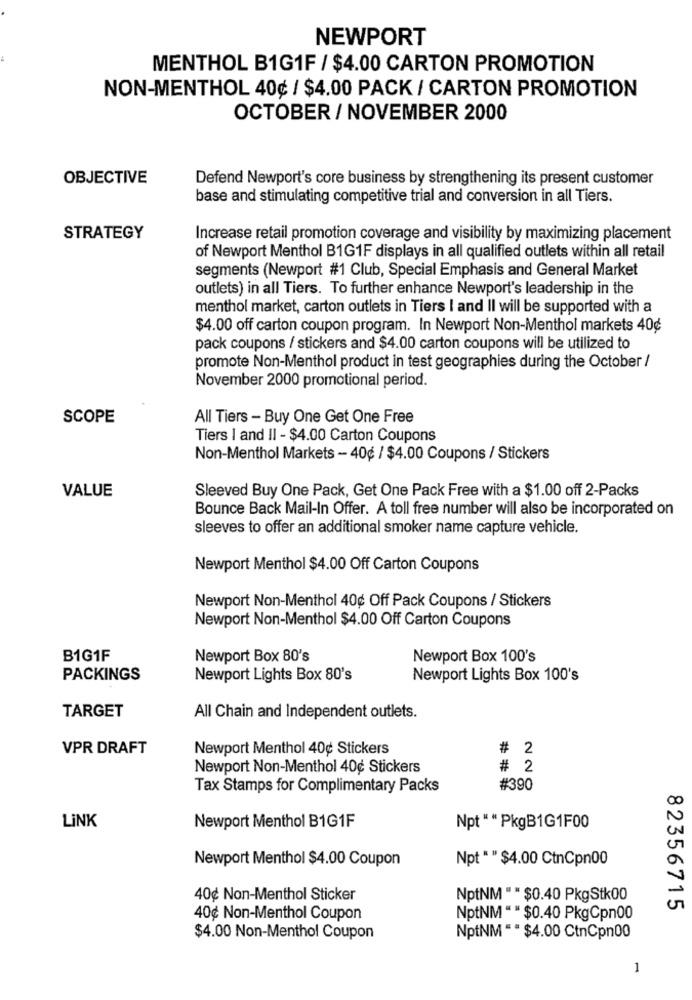
NEWPORT
MENTHOL B1G1F / $4.00 CARTON PROMOTION
NON-MENTHOL 40¢ / $4.00 PACK / CARTON PROMOTION
OCTOBER / NOVEMBER 2000
OBJECTIVE
Defend Newport's core business by strengthening its present customer
base and stimulating competitive trial and conversion in all Tiers.
STRATEGY
Increase retail promotion coverage and visibility by maximizing placement
of Newport Menthol B1G1F displays in all qualified outlets within all retail
segments (Newport #1 Club, Special Emphasis and General Market
outlets) in all Tiers. To further enhance Newport's leadership in the
menthol market, carton outlets in Tiers I and II will be supported with a
$4.00 off carton coupon program. In Newport Non-Menthol markets 40¢
pack coupons / stickers and $4.00 carton coupons will be utilized to
promote Non-Menthol product in test geographies during the October /
November 2000 promotional period.
SCOPE
All Tiers - Buy One Get One Free
Tiers I and II - $4.00 Carton Coupons
Non-Menthol Markets - 40¢ / $4.00 Coupons / Stickers
VALUE
Sleeved Buy One Pack, Get One Pack Free with a $1.00 off 2-Packs
Bounce Back Mail-In Offer. A toll free number will also be incorporated on
sleeves to offer an additional smoker name capture vehicle.
Newport Menthol $4.00 Off Carton Coupons
Newport Non-Menthol 40g Off Pack Coupons / Stickers
Newport Non-Menthol $4.00 Off Carton Coupons
B1G1F
Newport Box 80's
Newport Box 100's
PACKINGS
Newport Lights Box 80's
Newport Lights Box 100's
TARGET
All Chain and Independent outlets.
VPR DRAFT
Newport Menthol 40¢ Stickers
# 2
Newport Non-Menthol 40¢ Stickers
# 2
Tax Stamps for Complimentary Packs
#390
LINK
Newport Menthol B1G1F
Npt " " PkgB1G1F00
Newport Menthol $4.00 Coupon
Npt""$4.00 CtnCpn00
40¢ Non-Menthol Sticker
NptNM "" $0.40 PkgStk00
82356715
40¢ Non-Menthol Coupon
NptNM "" $0.40 PkgCpn00
$4.00 Non-Menthol Coupon
NptNM "" $4.00 CtnCpn00
1